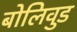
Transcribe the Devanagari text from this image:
बोलिवुड